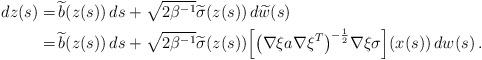
LaTeX: \begin{align*} dz(s) =&\, \widetilde{b}(z(s))\, ds + \sqrt{2\beta^{-1}} \widetilde{\sigma}(z(s))\, d\widetilde{w}(s)\\ =&\, \widetilde{b}(z(s))\, ds + \sqrt{2\beta^{-1}} \widetilde{\sigma}(z(s))\Big[\big(\nabla\xi a \nabla\xi^T\big)^{-\frac{1}{2}} \nabla\xi\sigma\Big](x(s))\, dw(s)\,. \end{align*}